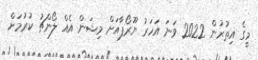
މީގެ އިތުރުން 2022 ވަނަ އަހަރު ޔޫރޯޕާއަށް މިޝަން އެއް ލޯންޗު ކުރުމަށް